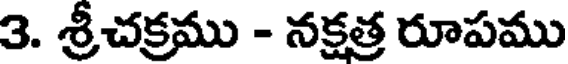
3. శ్రీచక్రము - నక్షత్ర రూపము